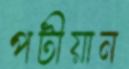
পটীয়ান